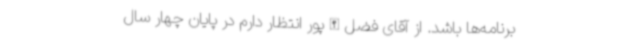
برنامه‌ها باشد. از آقای فضل‌الله‌پور انتظار دارم در پایان چهار سال